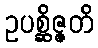
ဥပစ္ဆိဇ္ဇတိ